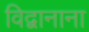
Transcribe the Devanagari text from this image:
विद्वानाना